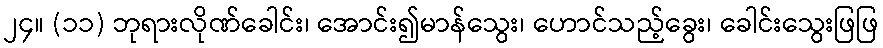
၂၄။ (၁၁) ဘုရားလိုဏ်ခေါင်း၊ အောင်း၍မာန်သွေး၊ ဟောင်သည့်ခွေး၊ ခေါင်းသွေးဖြဖြ